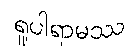
ရူပါရာမဿ